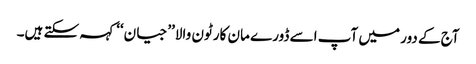
آج کے دور میں آپ اسے ڈورے مان کارٹون والا’’جیان‘‘ کہہ سکتے ہیں۔